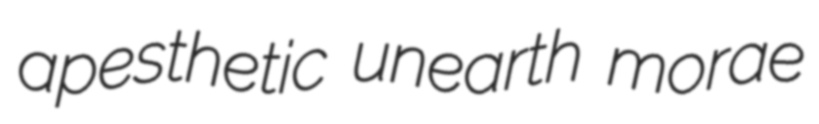
apesthetic unearth morae